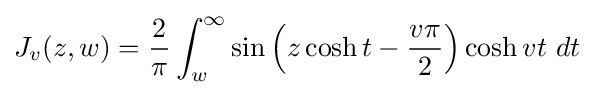
J_{v}(z,w)={\dfrac {2}{\pi }}\int _{w}^{\infty }\sin \left(z\cosh t-{\dfrac {v\pi }{2}}\right)\cosh vt~dt